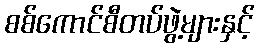
စစ်ကောင်စီတပ်ဖွဲ့များနှင့်